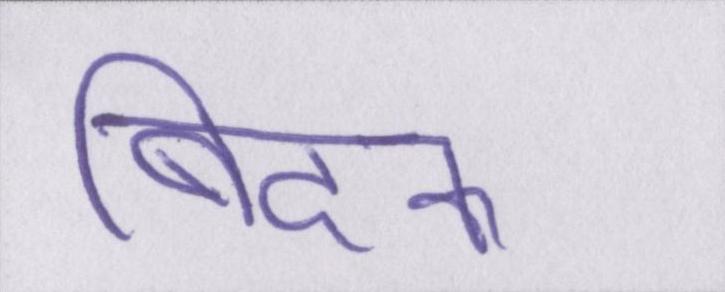
बिदक